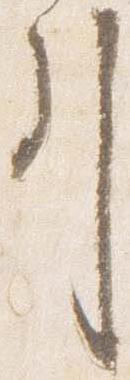
引